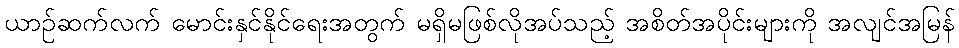
ယာဉ်ဆက်လက် မောင်းနှင်နိုင်ရေးအတွက် မရှိမဖြစ်လိုအပ်သည့် အစိတ်အပိုင်းများကို အလျင်အမြန်